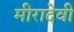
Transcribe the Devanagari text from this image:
मीरादेवी